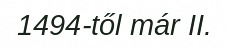
1494-től már II.